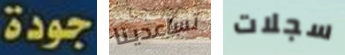
جودة تساعدينا سجلات